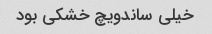
خیلی ساندویچ خشکی بود